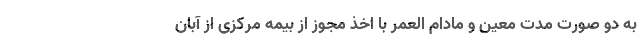
به دو صورت مدت معین و مادام العمر با اخذ مجوز از بیمه مرکزی از آبان